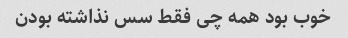
خوب بود همه چی فقط سس نذاشته بودن